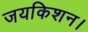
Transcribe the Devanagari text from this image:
जयकिशन।